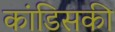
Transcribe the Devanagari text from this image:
कांडिसकी